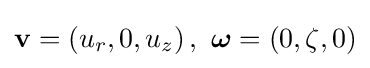
\mathbf {v} =\left(u_{r},0,u_{z}\right),\ {\boldsymbol {\omega }}=(0,\zeta ,0)